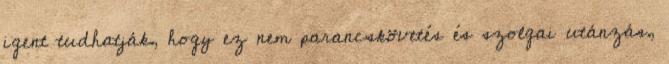
igent tudhatják, hogy ez nem parancskövetés és szolgai utánzás,